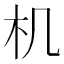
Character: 机